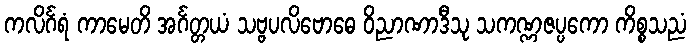
ကလိင်္ဂရံ ကာမေတိ အင်္ဂတ္တယံ သဗ္ဗပလိဗောဓေ ဝိညာဏာဒီသု သကဏ္ဏဇပ္ပကော ကိစ္စသညံ